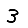
Digit: 3